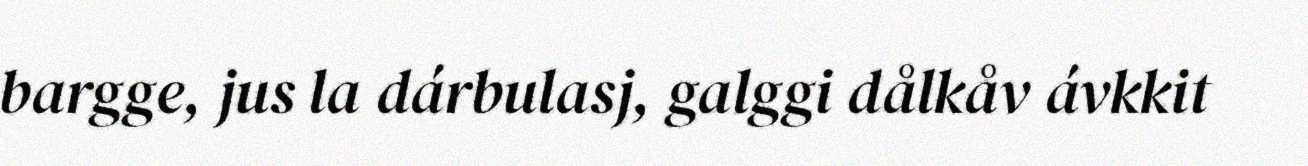
bargge, jus la dárbulasj, galggi dålkåv ávkkit